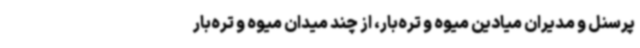
پرسنل و مدیران میادین میوه و تره‌بار، از چند میدان میوه و تره‌بار